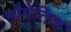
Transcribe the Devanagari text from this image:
भौमेतिक